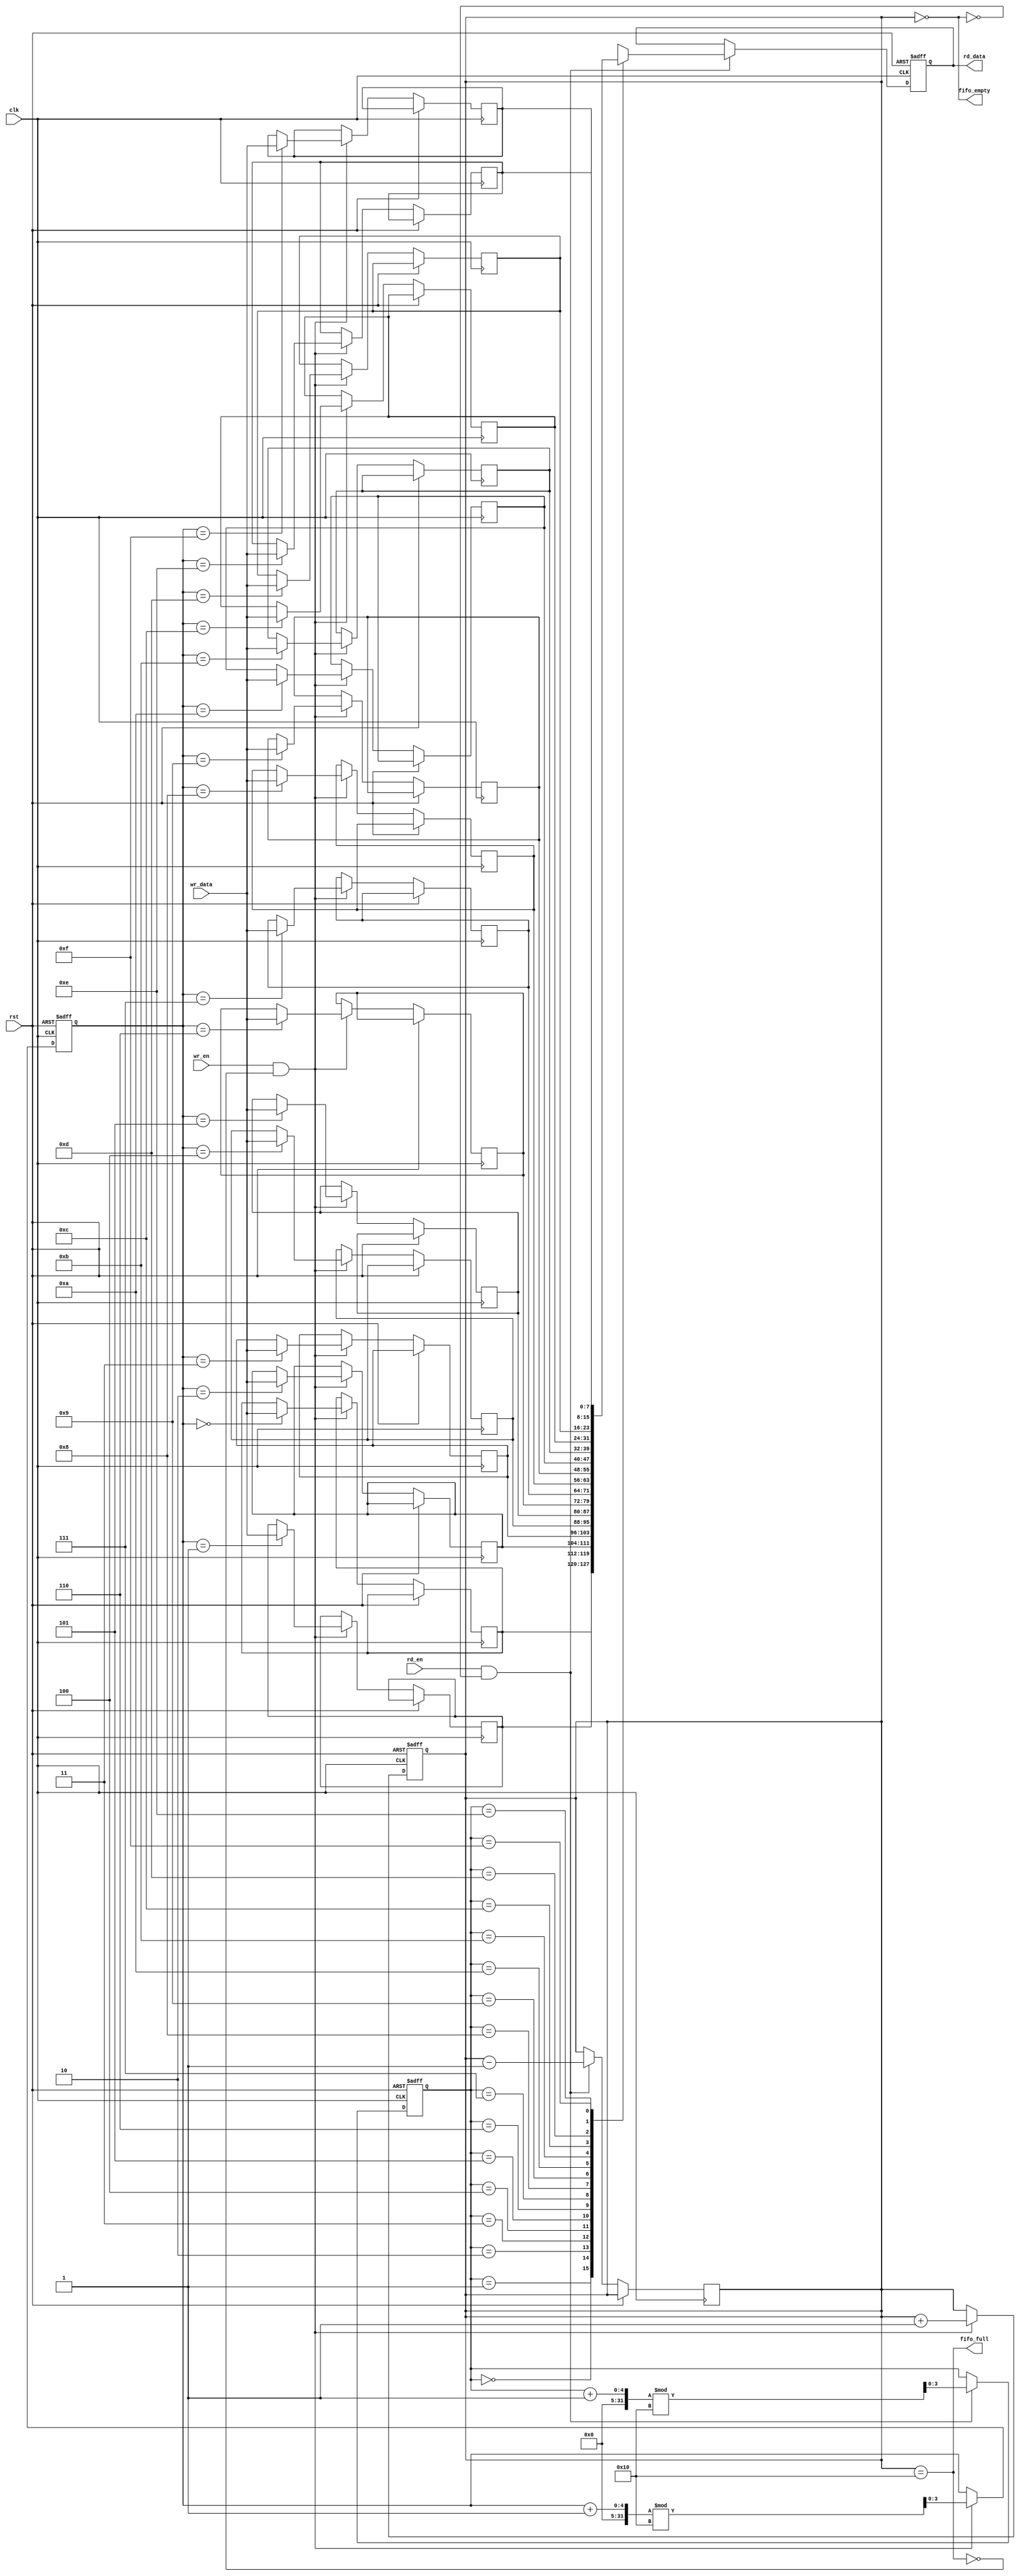
module multiport_fifo #(
    parameter DATA_WIDTH = 8,   // Width of each data entry
    parameter FIFO_DEPTH = 16    // Number of entries in the FIFO
)(
    input  wire                  clk,
    input  wire                  rst,
    
    // Write Port
    input  wire                  wr_en,         // Write enable
    input  wire [DATA_WIDTH-1:0] wr_data,      // Data to write
    output wire                  fifo_full,     // FIFO full flag

    // Read Port
    input  wire                  rd_en,         // Read enable
    output reg [DATA_WIDTH-1:0] rd_data,       // Data read
    output wire                  fifo_empty      // FIFO empty flag
);

// Memory array
reg [DATA_WIDTH-1:0] fifo_mem [0:FIFO_DEPTH-1];

// Read and write pointers
reg [$clog2(FIFO_DEPTH)-1:0] wr_ptr;
reg [$clog2(FIFO_DEPTH)-1:0] rd_ptr;

// Count of entries in the FIFO
reg [$clog2(FIFO_DEPTH+1)-1:0] count;

// FIFO status flags
assign fifo_full = (count == FIFO_DEPTH);
assign fifo_empty = (count == 0);

// Write logic
always @(posedge clk or posedge rst) begin
    if (rst) begin
        wr_ptr <= 0;
        count <= 0;
    end else if (wr_en && !fifo_full) begin
        fifo_mem[wr_ptr] <= wr_data; // Write data
        wr_ptr <= (wr_ptr + 1) % FIFO_DEPTH; // Circular increment
        count <= count + 1; // Increment count
    end
end

// Read logic
always @(posedge clk or posedge rst) begin
    if (rst) begin
        rd_ptr <= 0;
        rd_data <= 0;
    end else if (rd_en && !fifo_empty) begin
        rd_data <= fifo_mem[rd_ptr]; // Read data
        rd_ptr <= (rd_ptr + 1) % FIFO_DEPTH; // Circular increment
        count <= count - 1; // Decrement count
    end
end

endmodule